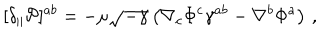
LaTeX: [ \delta _ { \parallel } { \cal P } ] ^ { a b } = - \mu \sqrt { - \gamma } \left( \nabla _ { c } \Phi ^ { c } \gamma ^ { a b } - \nabla ^ { b } \Phi ^ { a } \right) \, ,